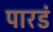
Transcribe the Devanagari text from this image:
पारडं